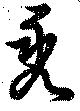
禿